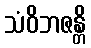
သံဝိဘဇန္တိ